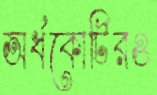
অর্ধকোটিরও